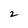
Character: 2